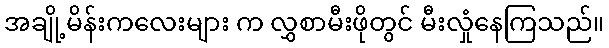
အချို့မိန်းကလေးများ က လွှစာမီးဖိုတွင် မီးလှုံနေကြသည်။